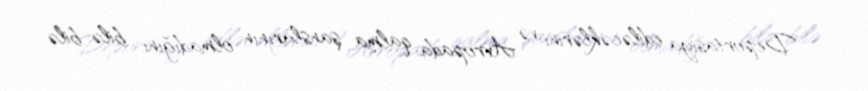
– Deportasiya ediləcəklərini və Avropada qalma şanslarının olmadığını bilə-bilə